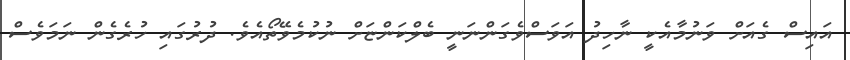
އައިސް ގެއަށް ވަނުމާއެކީ ނާހިދު އަވަސްވެގަންނަނީ ބެލްކަންޏަށް ނުކުމެވޭތޯއެވެ. ދުރުގައި ހުރެގެން ނަމަވެސް